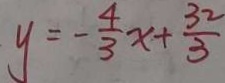
y = - \frac { 4 } { 3 } x + \frac { 3 2 } { 3 }